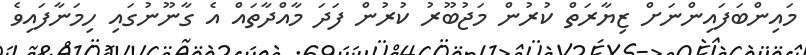
މައިންބަފައިންނަށް ޒިޔާރަތް ކުރުން މަޖުބޫރު ކުރުން ފަދަ މާއްދާތައް އެ ގާނޫނުގައި ހިމަނާފައިވެ